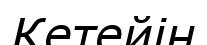
Кетейін